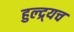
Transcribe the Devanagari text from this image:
हुल्द्र्यच